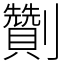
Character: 劗